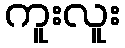
ကူးလူး